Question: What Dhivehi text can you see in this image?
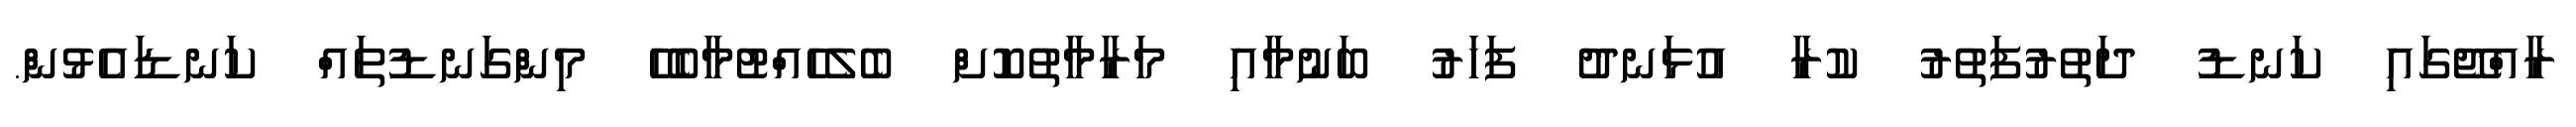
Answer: ރާއްޖޭގައި ކަނޑު ދަތުރުފަތުރު ކުރާ އުޅަނދު ފަހަރު ބަނުމާއި މަރާމާތުކޮށް ބެލެހެއްޓުމާބެހޭ މިންގަނޑުތައް ކަނޑައެޅުން.